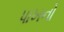
પાખનો